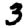
Digit: 3